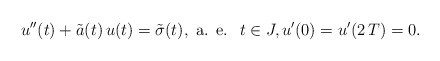
\begin{align*}u^{\prime\prime}(t)+\tilde{a}(t)\,u(t)=\tilde{\sigma}(t),\mbox{ a. e. }\;t\in J,u^{\prime}(0)=u^{\prime}(2\,T)=0.\end{align*}